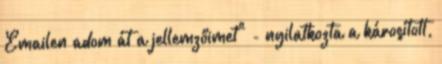
Emailen adom át a jellemzőimet" - nyilatkozta a károsított,